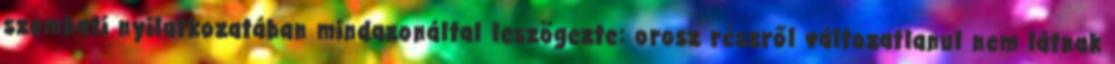
szombati nyilatkozatában mindazonáltal leszögezte: orosz részről változatlanul nem látnak